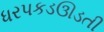
ધરપકડઊડતી